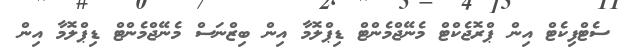
ސެޓްފިކެޓް އިން ޕްރޮޖެކްޓް މެނޭޖްމެންޓް ޑިޕްލޮމާ އިން ބިޒްނަސް މެނޭޖްމެންޓް ޑިޕްލޮމާ އިން